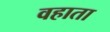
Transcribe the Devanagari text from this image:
वहाता